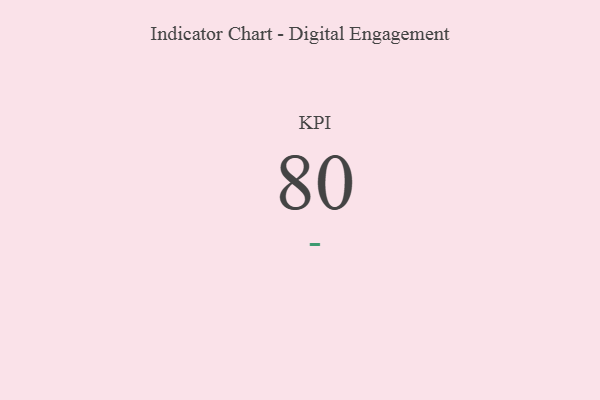
{"axis": {"x": "KPI", "y": "Value"}, "legend": [""], "data": [{"x": "KPI", "y": 80, "type": ""}]}